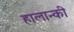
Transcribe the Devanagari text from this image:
हालान्की